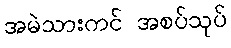
အမဲသားကင် အစပ်သုပ်